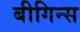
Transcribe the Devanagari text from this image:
बीगिन्स